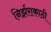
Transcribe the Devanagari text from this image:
निर्झराकाठी